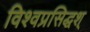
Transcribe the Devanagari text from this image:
विश्वप्रसिद्धश्